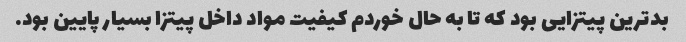
بدترین پیتزایی بود که تا به حال خوردم کیفیت مواد داخل پیتزا بسیار پایین بود.